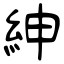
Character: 紳